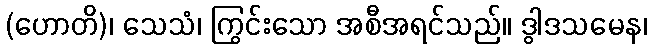
(ဟောတိ)၊ သေသံ၊ ကြွင်းသော အစီအရင်သည်။ ဒွါဒသမေန၊